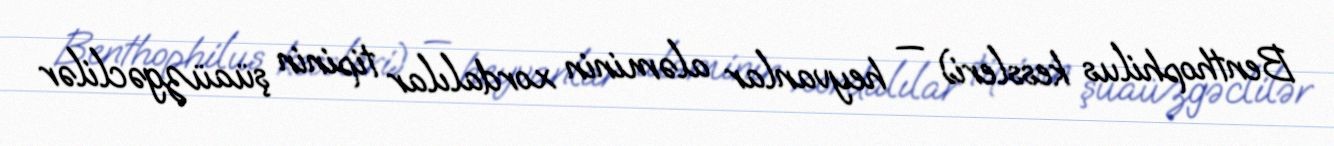
Benthophilus kessleri) — heyvanlar aləminin xordalılar tipinin şüaüzgəclilər